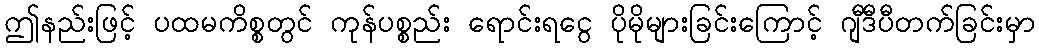
ဤနည်းဖြင့် ပထမကိစ္စတွင် ကုန်ပစ္စည်း ရောင်းရငွေ ပိုမိုများခြင်းကြောင့် ဂျီဒီပီတက်ခြင်းမှာ